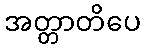
အတ္တာတိပေ